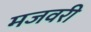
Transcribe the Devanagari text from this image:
मजवरी